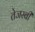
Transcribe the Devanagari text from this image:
तेजस्बी